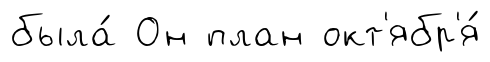
была́ Он план окт'ябр'я́